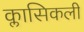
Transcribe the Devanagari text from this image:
क्लासिकली